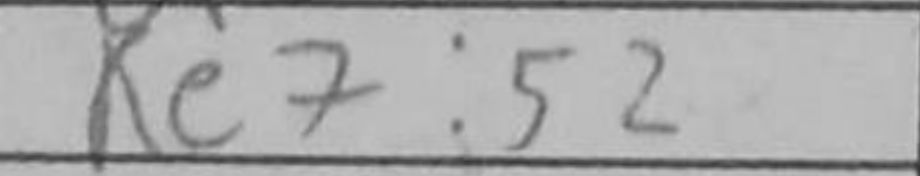
Transcription: Re7